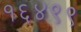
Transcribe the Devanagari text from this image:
१६४९९